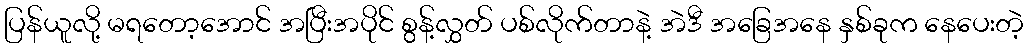
ပြန်ယူလို့ မရတော့အောင် အပြီးအပိုင် စွန့်လွှတ် ပစ်လိုက်တာနဲ့ အဲဒီ အခြေအနေ နှစ်ခုက နေပေးတဲ့